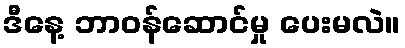
ဒီနေ့ ဘာဝန်ဆောင်မှု ပေးမလဲ။